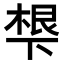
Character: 𬻩